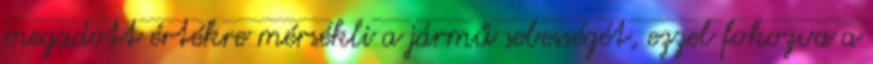
megadott értékre mérsékli a jármű sebességét, ezzel fokozva a